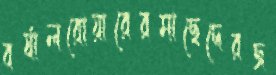
বর্ষালরোয়ারেরমাছেদেরজ